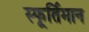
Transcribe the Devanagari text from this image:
स्फूर्तिमान